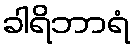
ခါရိဘာရံ